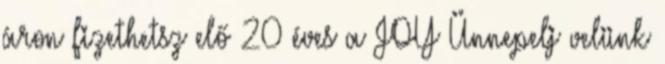
áron fizethetsz elő 20 éves a JOY Ünnepelj velünk